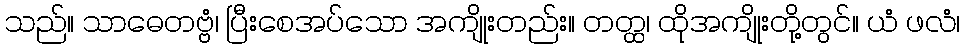
သည်။ သာဓေတဗ္ဗံ၊ ပြီးစေအပ်သော အကျိုးတည်း။ တတ္ထ၊ ထိုအကျိုးတို့တွင်။ ယံ ဖလံ၊